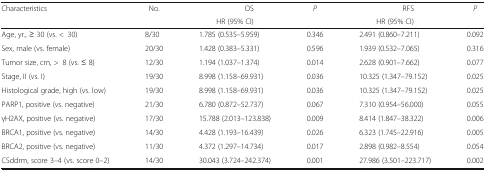
<table><thead><tr><td rowspan="2"><b>Characteristics</b></td><td rowspan="2"><b>No.</b></td><td><b>OS</b></td><td rowspan="2"><b><i>P</i></b></td><td><b>RFS</b></td><td rowspan="2"><b><i>P</i></b></td></tr><tr><td><b>HR (95% CI)</b></td><td><b>HR (95% CI)</b></td></tr></thead><tbody><tr><td>Age, yr., ≥ 30 (vs. &lt;30)</td><td>8/30</td><td>1.785 (0.535–5.959)</td><td>0.346</td><td>2.491 (0.860–7.211)</td><td>0.092</td></tr><tr><td>Sex, male (vs. female)</td><td>20/30</td><td>1.428 (0.383–5.331)</td><td>0.596</td><td>1.939 (0.532–7.065)</td><td>0.316</td></tr><tr><td>Tumor size, cm, &gt;8 (vs. ≤ 8)</td><td>12/30</td><td>1.194 (1.037–1.374)</td><td>0.014</td><td>2.628 (0.901–7.662)</td><td>0.077</td></tr><tr><td>Stage, II (vs. I)</td><td>19/30</td><td>8.998 (1.158–69.931)</td><td>0.036</td><td>10.325 (1.347–79.152)</td><td>0.025</td></tr><tr><td>Histological grade, high (vs. low)</td><td>19/30</td><td>8.998 (1.158–69.931)</td><td>0.036</td><td>10.325 (1.347–79.152)</td><td>0.025</td></tr><tr><td>PARP1, positive (vs. negative)</td><td>21/30</td><td>6.780 (0.872–52.737)</td><td>0.067</td><td>7.310 (0.954–56.000)</td><td>0.055</td></tr><tr><td>γH2AX, positive (vs. negative)</td><td>17/30</td><td>15.788 (2.013–123.838)</td><td>0.009</td><td>8.414 (1.847–38.322)</td><td>0.006</td></tr><tr><td>BRCA1, positive (vs. negative)</td><td>14/30</td><td>4.428 (1.193–16.439)</td><td>0.026</td><td>6.323 (1.745–22.916)</td><td>0.005</td></tr><tr><td>BRCA2, positive (vs. negative)</td><td>11/30</td><td>4.372 (1.297–14.734)</td><td>0.017</td><td>2.898 (0.982–8.554)</td><td>0.054</td></tr><tr><td>CSddrm, score 3–4 (vs. score 0–2)</td><td>14/30</td><td>30.043 (3.724–242.374)</td><td>0.001</td><td>27.986 (3.501–223.717)</td><td>0.002</td></tr></tbody></table>